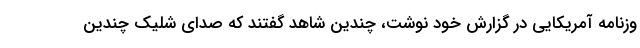
وزنامه آمریکایی در گزارش خود نوشت، چندین شاهد گفتند که صدای شلیک چندین